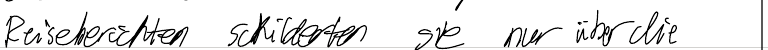
Reiseberichten schilderten sie nur über die